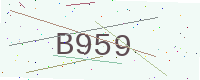
Text: B959